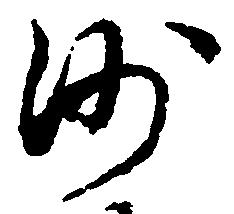
沙